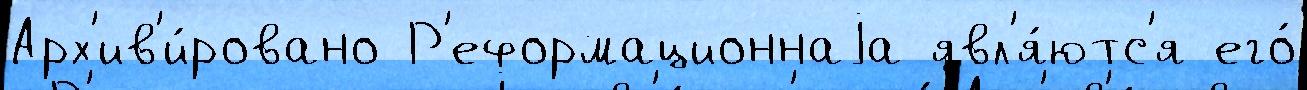
Арх'ив'и́ровано Р'еформационнаjа явл'я́ютс'я его́